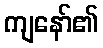
ကျနော်၏